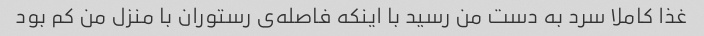
غذا کاملا سرد به دست من رسید با اینکه فاصله‌ی رستوران با منزل من کم بود